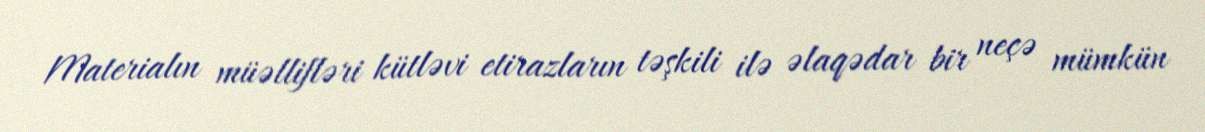
Materialın müəllifləri kütləvi etirazların təşkili ilə əlaqədar bir neçə mümkün